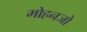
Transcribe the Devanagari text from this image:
मोहनजो